NAE_ERA_R-1992_EV_Ehitusministeerium, lk 14
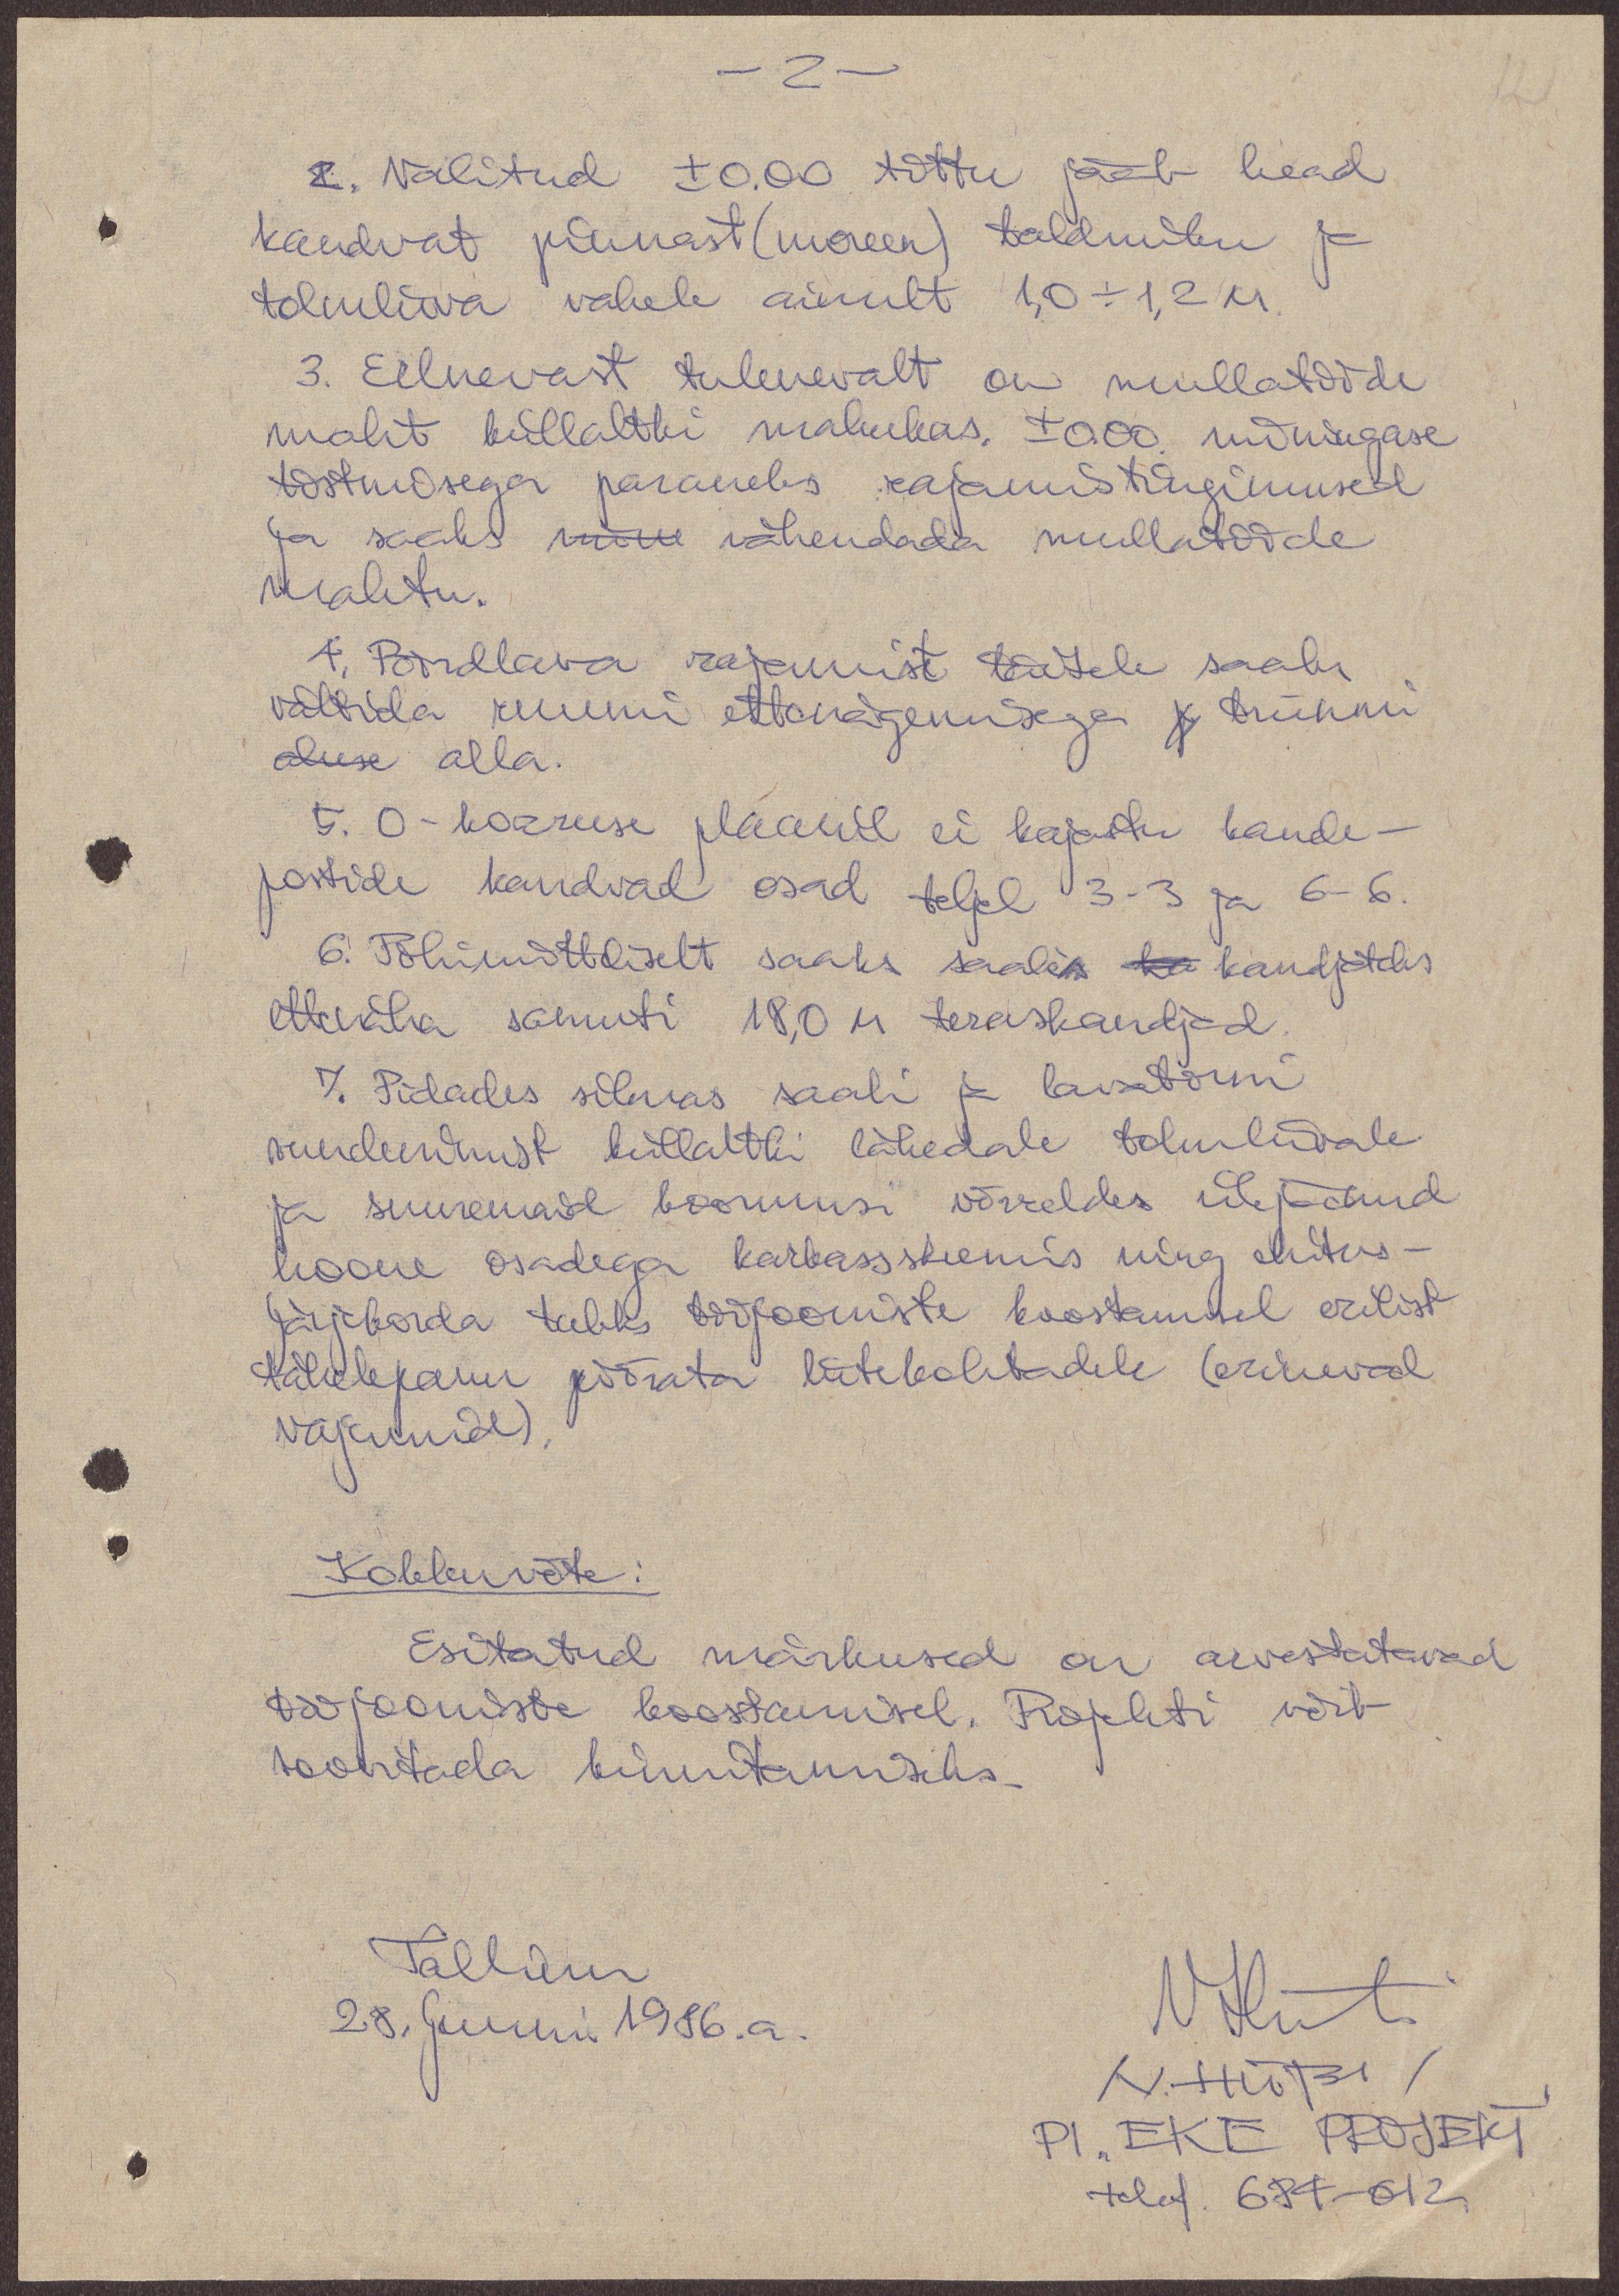
12

-2-
2. Valitud ±0.00 tõttu jääb head
kandvat pinnast (moreen) taldmiku ja
tolmliiva vahele ainult 1,0 +1,2 M
3. Eelnevast tulenevalt on mullatööde
maht küllaltki mahukas. +-0.00. mõningase
tõstmisega paraneks rajamistingimused
ja saaks mõne vähendada mullatööde
mahtu.
4. Pöördlava rajamist täitele saaks
vältida ruumi ettenägemisega trünmi
aluse alla.
5. 0-korruse plaanil ei kajastu kande-
postide kandvad osad teljel 3-3 ja 6-6.
6. Põhimõtteliselt saaks saalis ka kandjateks
ettenäha samuti 18,0 M teraskandjad.
7. Pidades silmas saali ja lavatorni
vundeerimist küllaltki lähedale tolmliivale
ja suuremaid koormusi võrreldes ülejäänud
hoone osadega karkassskeemis ning ehitus-
järjekorda tuleks tööjooniste koostamisel erilist
tähelepanu pöörata liitekohtadele (erinevad
vajumid)
Kokkuvõte:
Esitatud märkused on arvestatavad
tööjooniste koostamisel. Projekti võib
soovitada kinnitamiseks.
Tallinn,
28. juuni 1986. a.
NHüts
N. HÜTSI
PI. "EKE Projekt
telef. 684-012